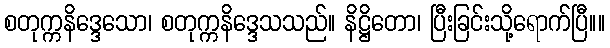
စတုက္ကနိဒ္ဒေသော၊ စတုက္ကနိဒ္ဒေသသည်။ နိဋ္ဌိတော၊ ပြီးခြင်းသို့ရောက်ပြီ။။